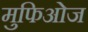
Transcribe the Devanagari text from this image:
मुफिओज